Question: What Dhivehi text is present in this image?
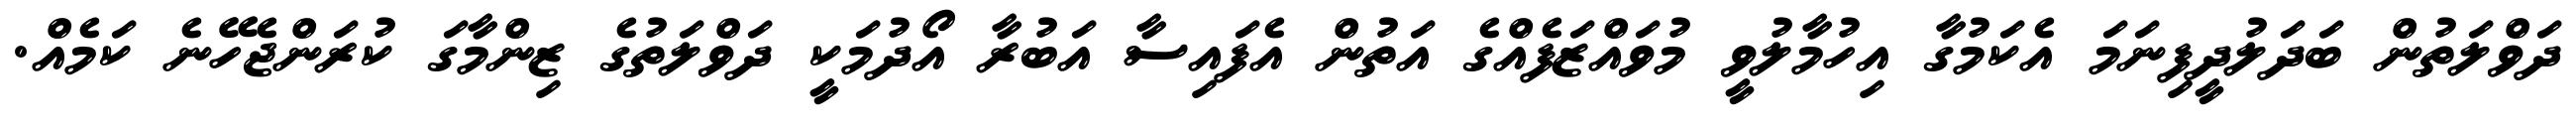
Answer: ދަވްލަތުން ބަދަލުދީފިނަމަ އެކަމުގާ އިހުމާލުވީ މުވައްޒަފެއްގެ އަތުން އެފައިސާ އަބުރާ އޯދުމަކީ ދަވްލަތުގެ ޒިންމާގަ ކުރަންޖެހޭނެ ކަމެއް.